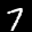
Label: 7